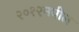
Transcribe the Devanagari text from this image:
२०१२मधील